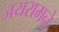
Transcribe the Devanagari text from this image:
जयरामने